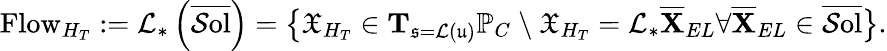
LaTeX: \mathrm{Flow}_{H_{T}}:=\mathcal{L}_{*}\left(\overline{{\mathcal{S}\mathrm{ol}}}\right)=\big\{ \mathfrak{X}_{H_{T}}\in\mathbf{T}_{\mathfrak{s}=\mathcal{L}(\mathfrak{u})}\mathbb{P}_{C}\ \backslash\ \mathfrak{X}_{H_{T}}=\mathcal{L}_{*}\overline{{\mathbf{X}}}_{EL}\forall\overline{{\mathbf{X}}}_{EL}\in\overline{{\mathcal{S}\mathrm{ol}}}\big\} .